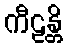
ကီဠန္တိ